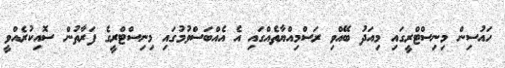
ހައުސިން މިނިސްޓްރީގައި މިއަދު ބޭއްވި ރަސްމިއްޔާތެއްގައި އެ އެއްބަސްވުމުގައި މިނިސްޓްރީގެ ފަރާތުން ސޮއިކުރެއްވީ